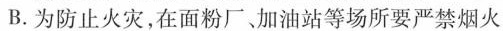
B. 为防止火灾，在面粉厂加油站等场所要严禁烟火